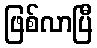
ဖြစ်လာပြီ